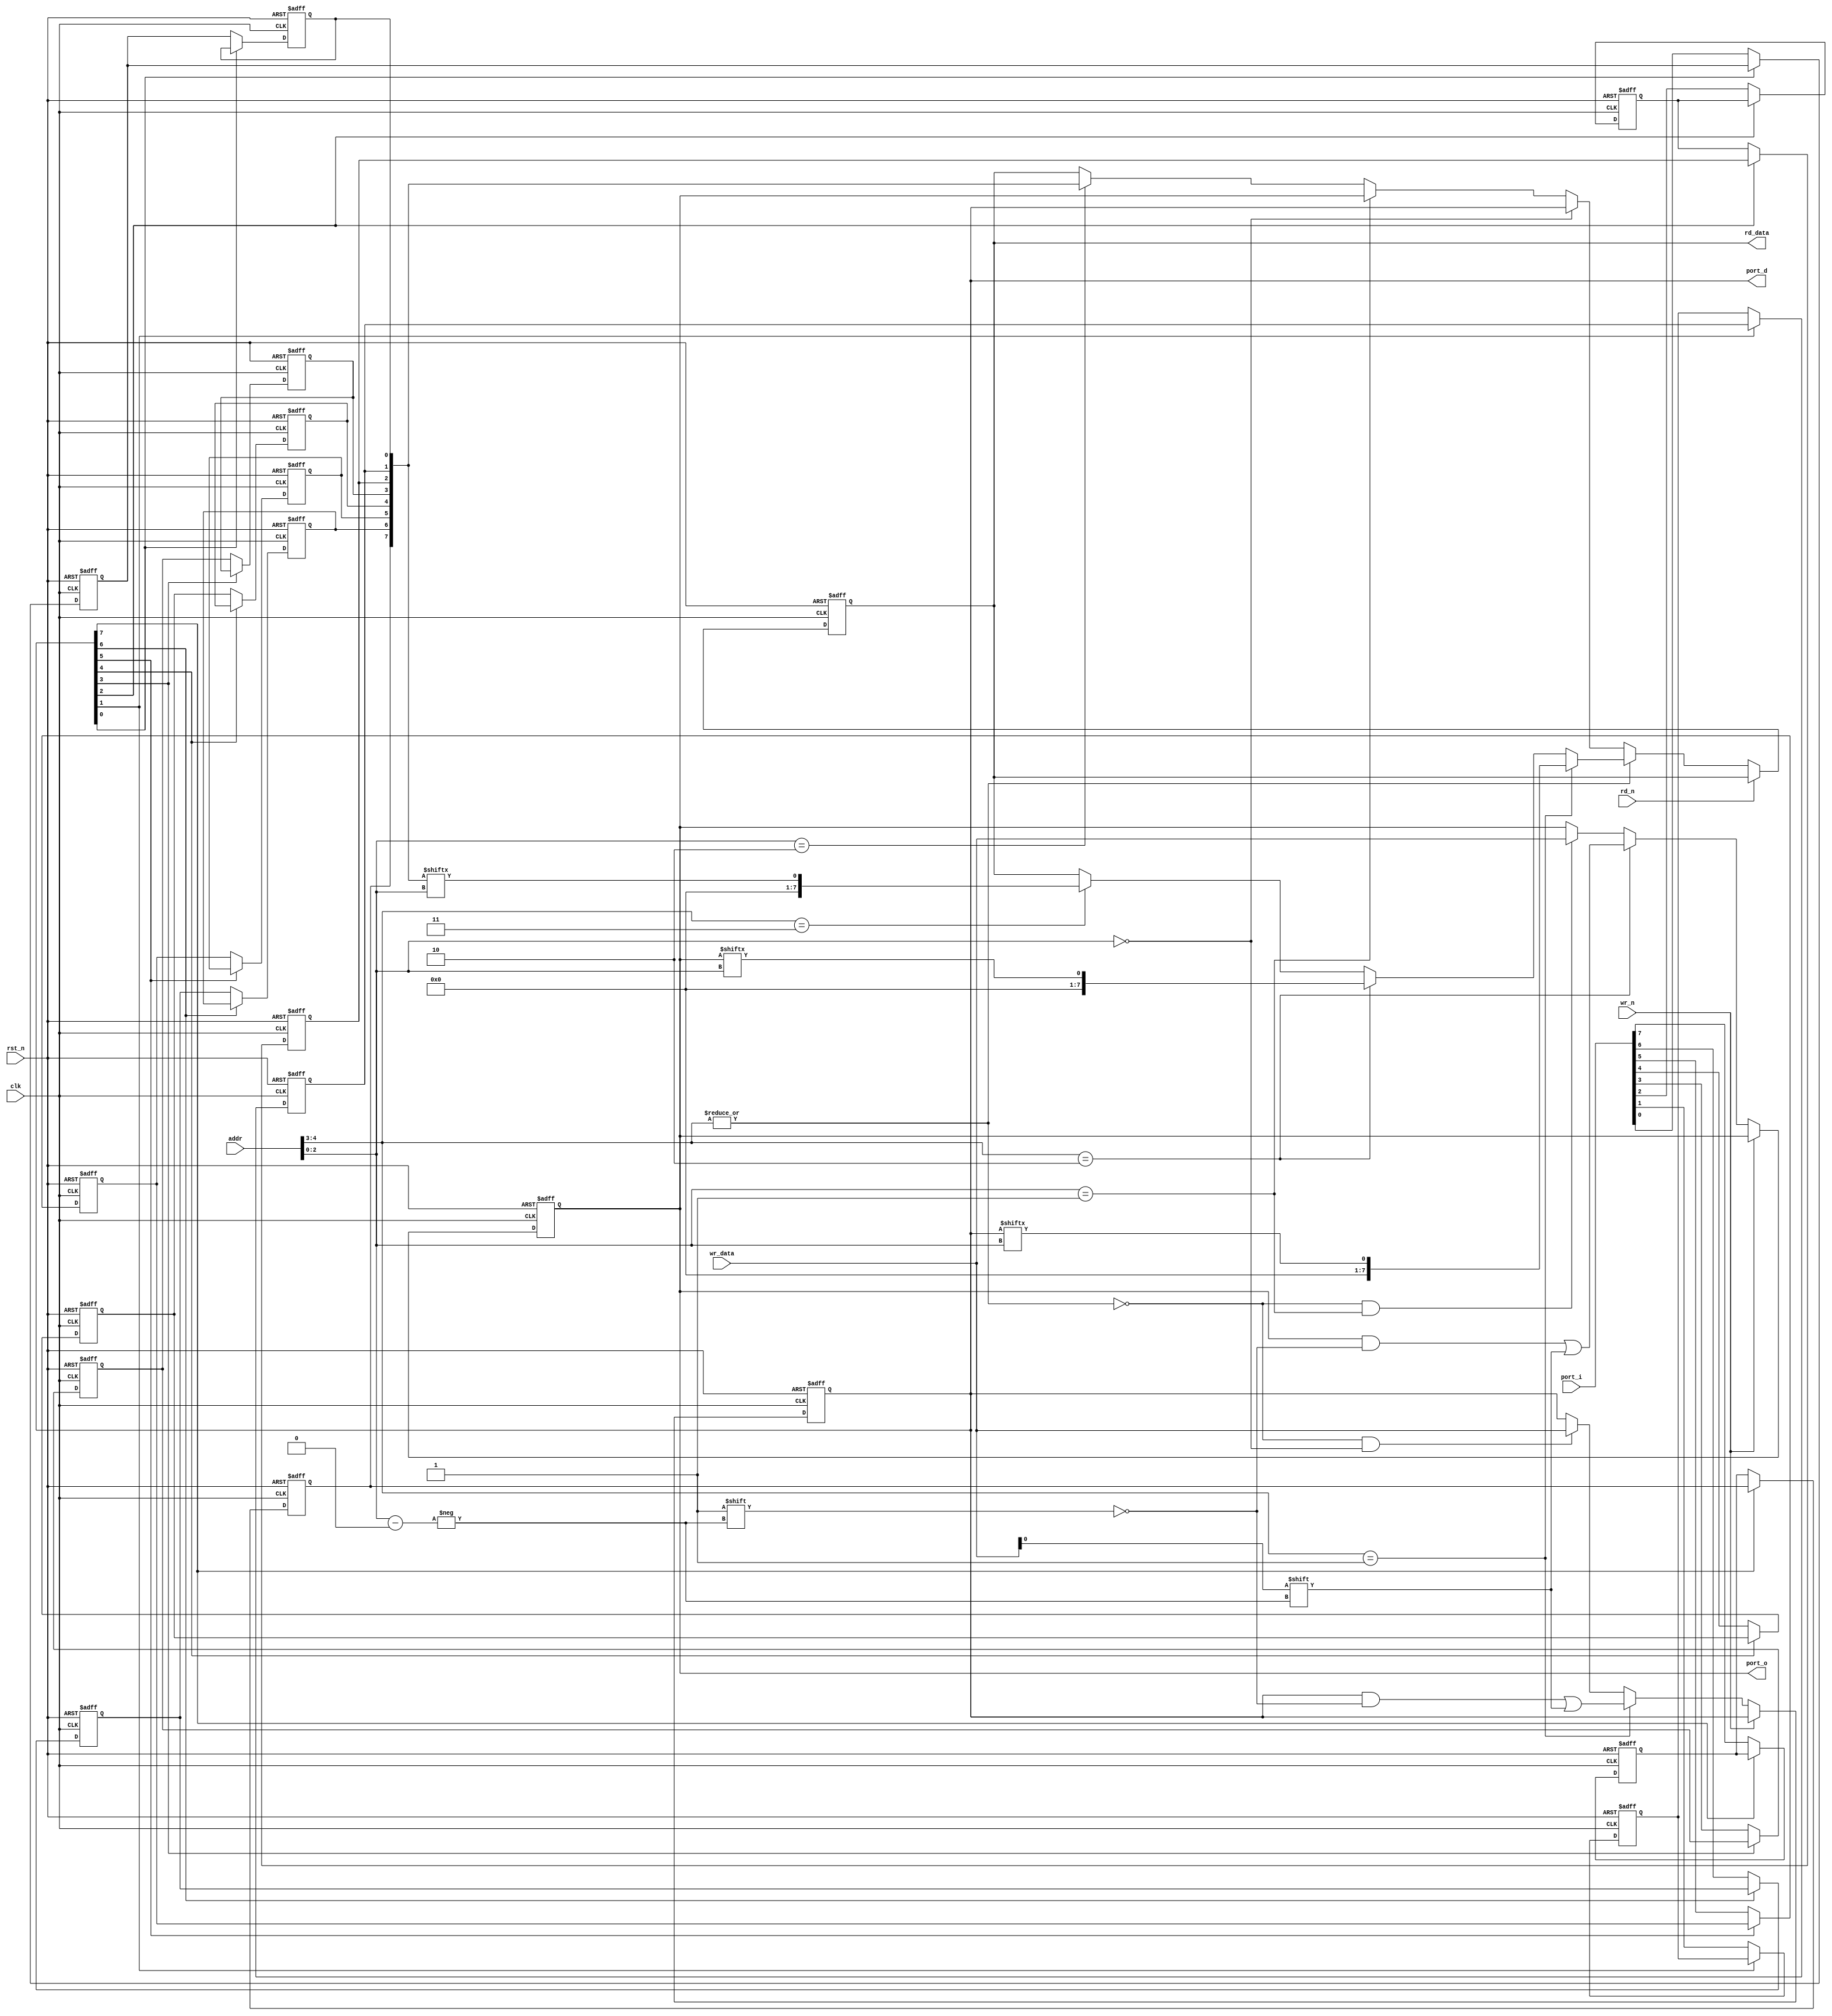

module port#(parameter port_width = 8)
            (//port sigal
	     input  wire                  clk     ,
	     input  wire                  rst_n   ,
	     input  wire                  wr_n    ,
	     input  wire                  rd_n    ,
	     input  wire [4:0]            addr    ,
	     input  wire [7:0]            wr_data ,
	     output reg  [7:0]            rd_data ,
	     output wire [port_width-1:0] port_d  ,
	     input  wire [port_width-1:0] port_i  ,
	     output wire [port_width-1:0] port_o
                                                  );

  localparam port_width_c = 8-port_width;
  
  //decode addr signal
  wire port_dir_sel;
  wire port_out_sel;
  wire port_in_sel;
  

  //bit address
  wire bit_addr_en;
  wire port_dir_b_sel;
  wire port_out_b_sel;
  wire port_in_b_sel;

  
  //************************************** 
  //  addr[4:3]           bit_en/reg_en
  //     00                 reg_addr       (1) 
  //     01             port_dir_bit_en(2) 
  //     10             port_out_bit_en(2)
  //     11             port_in_bit_en (2)
  //**************************************
  //      Note:(1) reg_addr stand for addr[2:0] is reg address(000:port_dir,
  //               001:port_out,010:port_in,others:reserved)
  //           (2) port_XX_bit_en stand for that addr[2:0] is bit address(000:port_XX[0],
  //               001:port_XX[1],010:port_XX[2],...,111:port_XX[7])
  
  
  //--------------------(addr[4:3]==00)-------------------
  //   addr[3:0]      reg         w/r    reset value
  //      0         port_dir      w/r       8'h00
  //      1         port_out      w/r       8'h00
  //      2         port_in        r        8'h00
  //    others      reserved
  //------------------------------------------------------
  
  reg [port_width-1:0] port_dir;        //port direction reg , 1:out , 0:in
  reg [port_width-1:0] port_out;        //port out data reg        
  
  reg [port_width-1:0] port_ff,port_in; //port in data reg
  
  genvar i;
  

  //bit address
  assign bit_addr_en    = |addr[4:3];
  assign port_dir_b_sel = (addr[4:3] == 3'h1);
  assign port_out_b_sel = (addr[4:3] == 3'h2);
  assign port_in_b_sel  = (addr[4:3] == 3'h3);
  
  
  //decode addr
  assign port_dir_sel = (addr[2:0] == 3'h0);
  assign port_out_sel = (addr[2:0] == 3'h1);
  assign port_in_sel  = (addr[2:0] == 3'h2);

  //out
  assign port_o       = port_out;
  assign port_d       = port_dir;
  
  //read
  always@(posedge clk or negedge rst_n) begin
    if(!rst_n) 
      rd_data <= 8'b0;
    else if(!rd_n) begin
      if(bit_addr_en) begin
        if(port_dir_b_sel) begin
	  rd_data <= {7'b0,port_dir[addr[2:0]]};
	end
	else if(port_out_b_sel) begin
	  rd_data <= {7'b0,port_out[addr[2:0]]};
	end
	else if(port_in_b_sel) begin
	  rd_data <= {7'b0,port_in[addr[2:0]]};
	end
      end
      else begin
        if(port_dir_sel) 
          rd_data <= {{port_width_c{1'b0}},port_dir};
        else if(port_out_sel) 
          rd_data <= {{port_width_c{1'b0}},port_out};
        else if(port_in_sel)
          rd_data <= {{port_width_c{1'b0}},port_in};
      end
    end
  end  

  
  //write direction reg
  always@(posedge clk or negedge rst_n) begin
    if(!rst_n)
      port_dir <= 8'b0;
    else if(!wr_n) begin
      if(port_dir_b_sel)
        port_dir[addr[2:0]] <= wr_data[0];
      else if((!bit_addr_en) && port_dir_sel)
        port_dir <= wr_data[port_width-1:0];
    end
  end
  
  //write data reg
  always@(posedge clk or negedge rst_n) begin
    if(!rst_n)
      port_out <= 8'b0;
    else if(!wr_n) begin
      if(port_out_b_sel)
        port_out[addr[2:0]] <= wr_data[0];
      else if((!bit_addr_en) && port_out_sel)
        port_out <= wr_data[port_width-1:0];
    end
  end
  
  //port synchronous
  generate 
    for(i=0;i<port_width;i=i+1) begin:port_syn
      always@(posedge clk or negedge rst_n) begin
        if(!rst_n)
          {port_ff[i],port_in[i]} <= 2'b0;
        else if(!port_dir[i])
          {port_in[i],port_ff[i]} <= {port_ff[i],port_i[i]};
      end
    end
  endgenerate
  /*
  always@(posedge clk or negedge rst_n) begin
    if(!rst_n)
      {port_ff[0],port_in[0]} <= 2'b0;
    else if(!port_dir[0])
      {port_in[0],port_ff[0]} <= {port_ff[0],port[0]};
  end
  always@(posedge clk or negedge rst_n) begin
    if(!rst_n)
      {port_ff[1],port_in[1]} <= 2'b0;
    else if(!port_dir[1])
      {port_in[1],port_ff[1]} <= {port_ff[1],port[1]};
  end
  always@(posedge clk or negedge rst_n) begin
    if(!rst_n)
      {port_ff[2],port_in[2]} <= 2'b0;
    else if(!port_dir[2])
      {port_in[2],port_ff[2]} <= {port_ff[2],port[2]};
  end
  always@(posedge clk or negedge rst_n) begin
    if(!rst_n)
      {port_ff[3],port_in[3]} <= 2'b0;
    else if(!port_dir[3])
      {port_in[3],port_ff[3]} <= {port_ff[3],port[3]};
  end
  always@(posedge clk or negedge rst_n) begin
    if(!rst_n)
      {port_ff[4],port_in[4]} <= 2'b0;
    else if(!port_dir[4])
      {port_in[4],port_ff[4]} <= {port_ff[4],port[4]};
  end
  always@(posedge clk or negedge rst_n) begin
    if(!rst_n)
      {port_ff[5],port_in[5]} <= 2'b0;
    else if(!port_dir[5])
      {port_in[5],port_ff[5]} <= {port_ff[5],port[5]};
  end
  always@(posedge clk or negedge rst_n) begin
    if(!rst_n)
      {port_ff[6],port_in[6]} <= 2'b0;
    else if(!port_dir[6])
      {port_in[6],port_ff[6]} <= {port_ff[6],port[6]};
  end
  always@(posedge clk or negedge rst_n) begin
    if(!rst_n)
      {port_ff[7],port_in[7]} <= 2'b0;
    else if(!port_dir[7])
      {port_in[7],port_ff[7]} <= {port_ff[7],port[7]};
  end
  */
endmodule